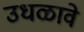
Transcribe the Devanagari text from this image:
उधळावे